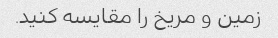
زمین و مریخ را مقایسه کنید.